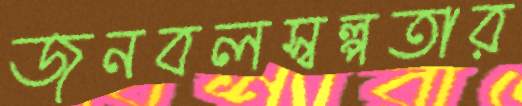
জনবলস্বল্পতার